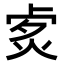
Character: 𤈭